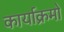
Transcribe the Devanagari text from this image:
कार्याक्रमो